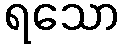
ရသော